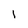
Character: I